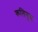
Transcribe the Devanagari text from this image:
कलिगुस